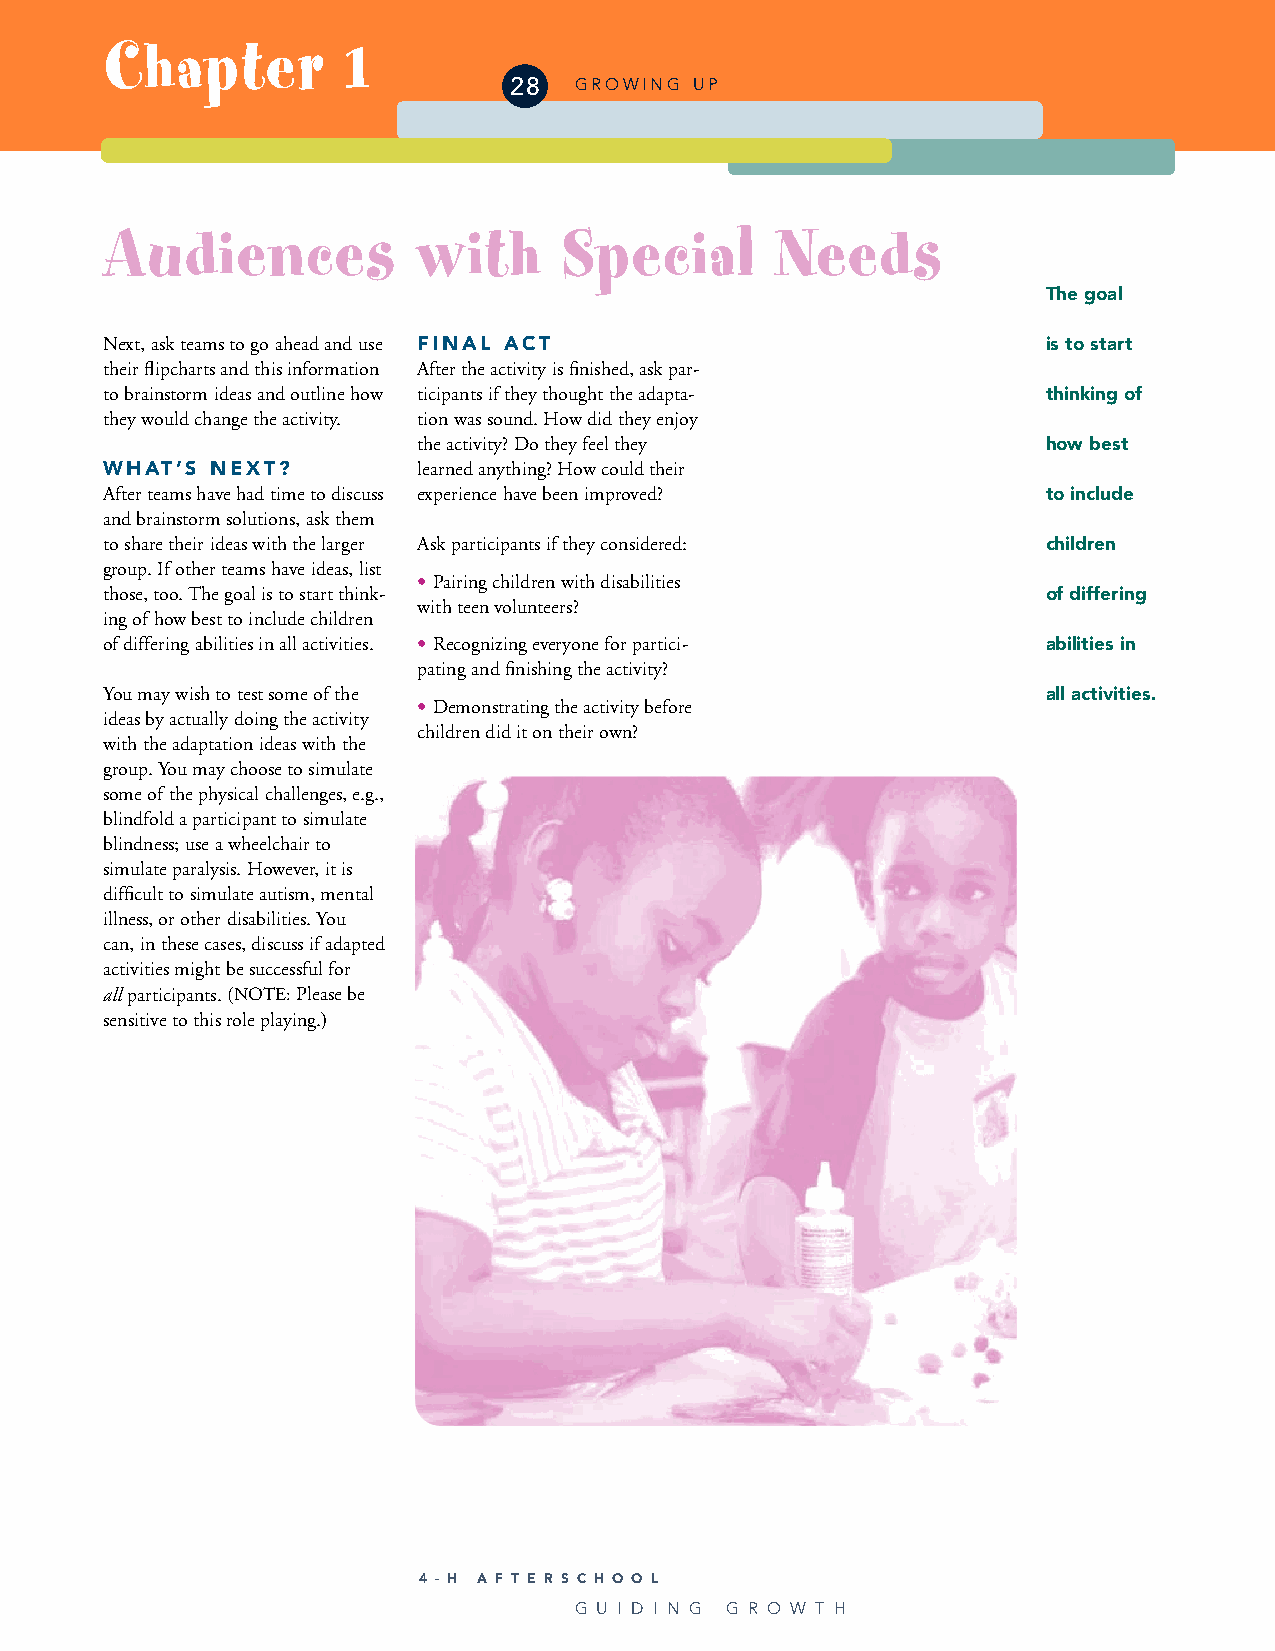
Chapter         1
 28  GROWING UP
 Audiences            with     Special       Needs
 The goal
 Next, ask teams to go ahead and use FINAL ACT                 is to start
 their flipcharts and this information After the activity is finished, ask par-
 to brainstorm ideas and outline how ticipants if they thought the adapta- thinking of
 they would change the activity. tion was sound. How did they enjoy
 the activity? Do they feel they          how best
 WHAT’S NEXT?         learned anything? How could their
 After teams have had time to discuss experience have been improved? to include
 and brainstorm solutions, ask them
 to share their ideas with the larger Ask participants if they considered: children
 group. If other teams have ideas, list
 • Pairing children with disabilities
 those, too. The goal is to start think-                       of differing
 with teen volunteers?
 ing of how best to include children
 of differing abilities in all activities. • Recognizing everyone for partici- abilities in
 pating and finishing the activity?
 You may wish to test some of the                              all activities.
 • Demonstrating the activity before
 ideas by actually doing the activity
 children did it on their own?
 with the adaptation ideas with the
 group. You may choose to simulate
 some of the physical challenges, e.g.,
 blindfold a participant to simulate
 blindness; use a wheelchair to
 simulate paralysis. However, it is
 difficult to simulate autism, mental
 illness, or other disabilities. You
 can, in these cases, discuss if adapted
 activities might be successful for
 allparticipants. (NOTE:Please be
 sensitive to this role playing.)
 4 - H A F T E R S C H O O L
 G U I D I N G G R O W T H